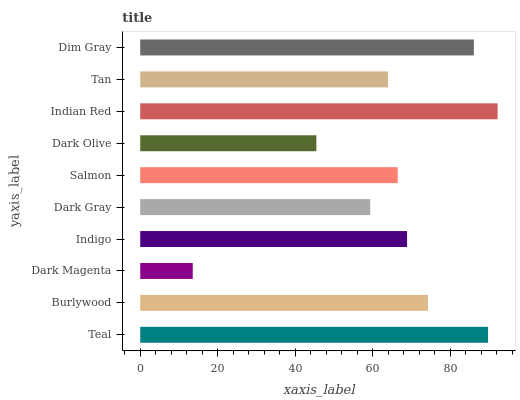
| yaxis_label | bars |
 | --- | --- |
 | Teal | 89.8 |
 | Burlywood | 74.2 |
 | Dark Magenta | 13.6 |
 | Indigo | 68.9 |
 | Dark Gray | 59.3 |
 | Salmon | 66.4 |
 | Dark Olive | 45.4 |
 | Indian Red | 92.2 |
 | Tan | 63.9 |
 | Dim Gray | 86.1 |